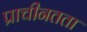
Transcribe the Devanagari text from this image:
प्राचीनतता